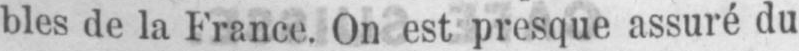
bles de la France. On est presque assuré du